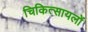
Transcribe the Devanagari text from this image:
चिकित्सायलों